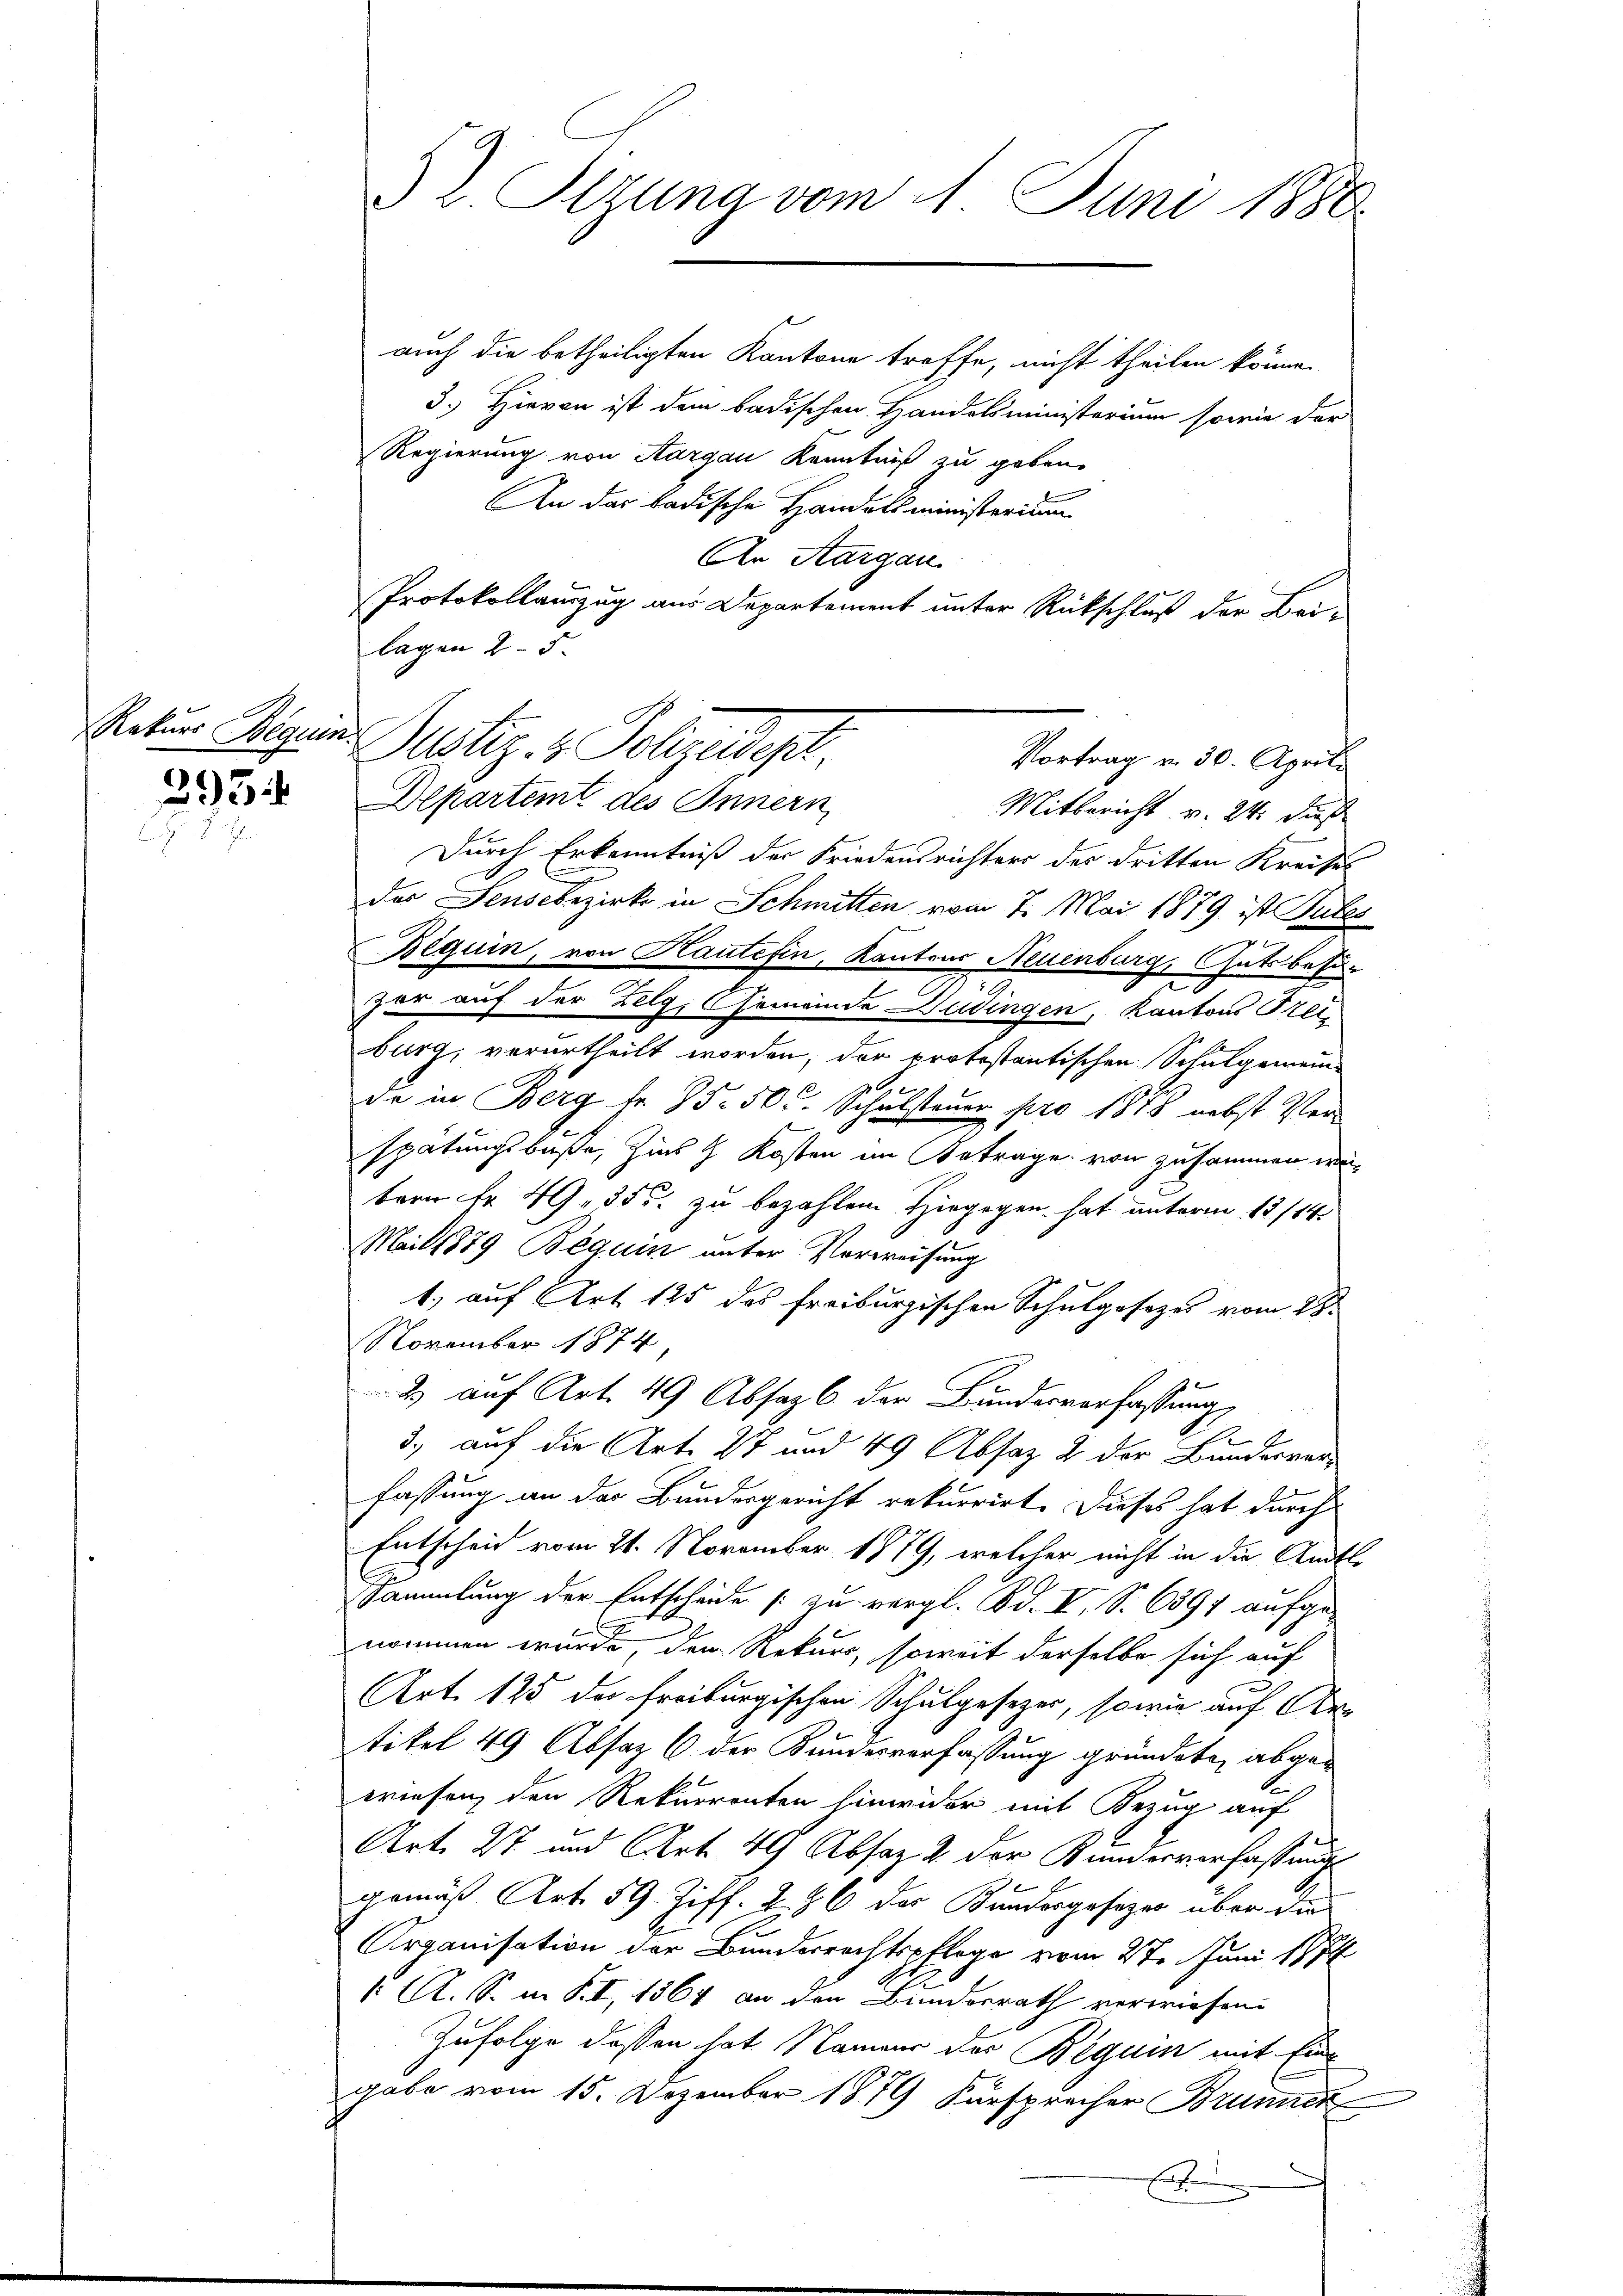
Rekurs Beguins

295.

auch die betheiligten Kantone treffe, nicht theilen könne.
3.) Hievon ist dem badischen Handelsministerium sowie der
Regierung von Aargau Kenntniß zu geben.
An das badische Handelsministerium
An Aargau
Protokollauszug aus Departement unter Rückschluß der Bar¬
Departemt des Innern
Mitbericht v. 24. dieß
Durch Erkenntniß der Friedensrichters des dritten Kreises
deas Sensebezirk in Schmitten vom 7. Mai 1879 ist Tutes
Beguin, von Haute fin, Kantons Neuenburg, Gutsbesizar auf der Zelg, Gemeinde Latingen, Kantons Prei
burg, verurtheilt worden, der protostantischen Schulgemein
da in Berg fr. 35. 50 l. Schulsteuer pro 1878 nebst Verspätungsbuße, Zins Kosten im Betrage von zusammen we
bern Fr. 49. 35 u. zu bezahlen Hingegen hat unterm 13/14
Mail 1879 Beguin unter Verweisung
1) auf Art. 125 des Freiburgischen Schulgesezes vom 28.
November 1874
2 auf Art. 49 Absaz b der Bundesverfassung
3. auf die Art. 27 und 49 Absatz 2 der Bundesverfassung an das Bundesgericht rekurrirt. Dieses hat durch
Entscheid vom 21. November 1879, welcher nicht in die Amts¬
Sammlung der Entscheide [zu vergl. Bd. I, S. 639 aufge-
nommen würde, der Rekurs, soweit derselbe sich auf
Art. 125 der Freiburgischen Schulgesezer, sowie auf Artikel 49 Absaz 6 der Bundesverfassung gründete, abgewriesen, den Rekurrenten hinwider mit Bezug auf
Art. 27 und Art. 49 Absaz 2 der Bunderverfassungs
gemäß Art. 59. Ziff. 286 des Bundesgesezes über die
Arganisation der Bundesrechtspflege vom 27. Juni 1874
 A. S. in P. I, 1364 an den Bundesrath verwiesen.
Zufolge dessen hat Namens der Beguin mit Eingabe vom 15. Dezember 1879 Fürsprecher Brunner
E

§ v. Ottung vom 11. Juni 1888.

lagen 25.
Justiz- & Poljadept.
Vortrag v. 30. Aprili